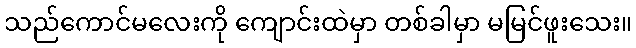
သည်ကောင်မလေးကို ကျောင်းထဲမှာ တစ်ခါမှာ မမြင်ဖူးသေး။